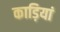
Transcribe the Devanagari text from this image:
काड़ियां